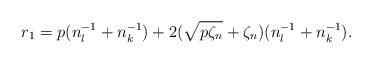
LaTeX: \begin{align*}r_{1} = p ( n_{l}^{-1} + n_{k}^{-1} ) + 2 (\sqrt{p\zeta_{n}}+\zeta_{n}) ( n_{l}^{-1} + n_{k}^{-1} ).\end{align*}